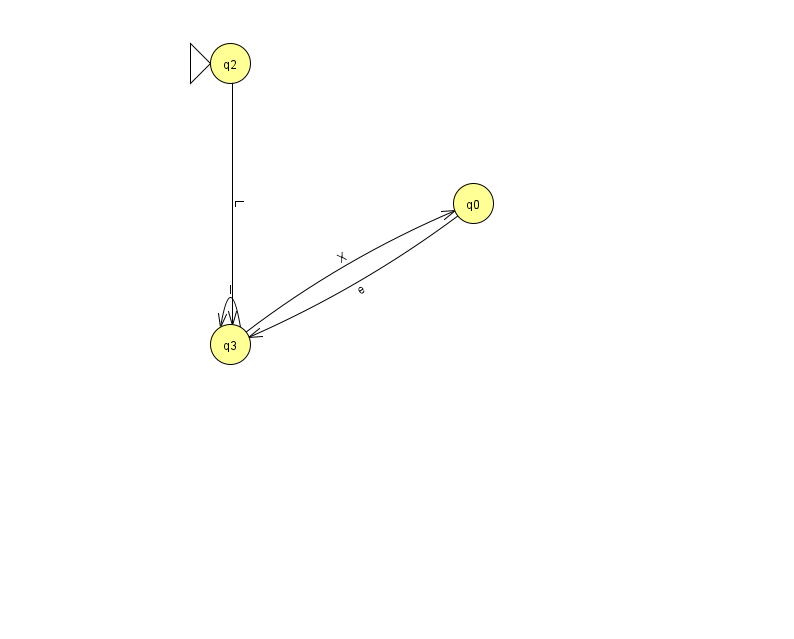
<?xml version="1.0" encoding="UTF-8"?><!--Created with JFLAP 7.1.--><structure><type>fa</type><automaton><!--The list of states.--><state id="0" name="q0"><x>473.0</x><y>190.0</y></state><state id="2" name="q2"><x>230.0</x><y>50.0</y><initial/></state><state id="3" name="q3"><x>230.0</x><y>331.0</y></state><!--The list of transitions.--><transition><from>3</from><to>0</to><read>X</read></transition><transition><from>3</from><to>3</to><read>l</read></transition><transition><from>0</from><to>3</to><read>e</read></transition><transition><from>2</from><to>3</to><read>L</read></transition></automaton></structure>